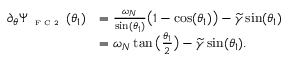
\begin{array} { r l } { \partial _ { \theta } \Psi _ { \textnormal { \tiny { F C 2 } } } ( \theta _ { 1 } ) } & { = \frac { \omega _ { N } } { \sin ( \theta _ { 1 } ) } \big ( 1 - \cos ( \theta _ { 1 } ) \big ) - \widetilde { \gamma } \sin ( \theta _ { 1 } ) } \\ & { = \omega _ { N } \tan \big ( \frac { \theta _ { 1 } } { 2 } \big ) - \widetilde { \gamma } \sin ( \theta _ { 1 } ) . } \end{array}